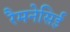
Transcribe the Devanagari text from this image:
रैमनेसिई